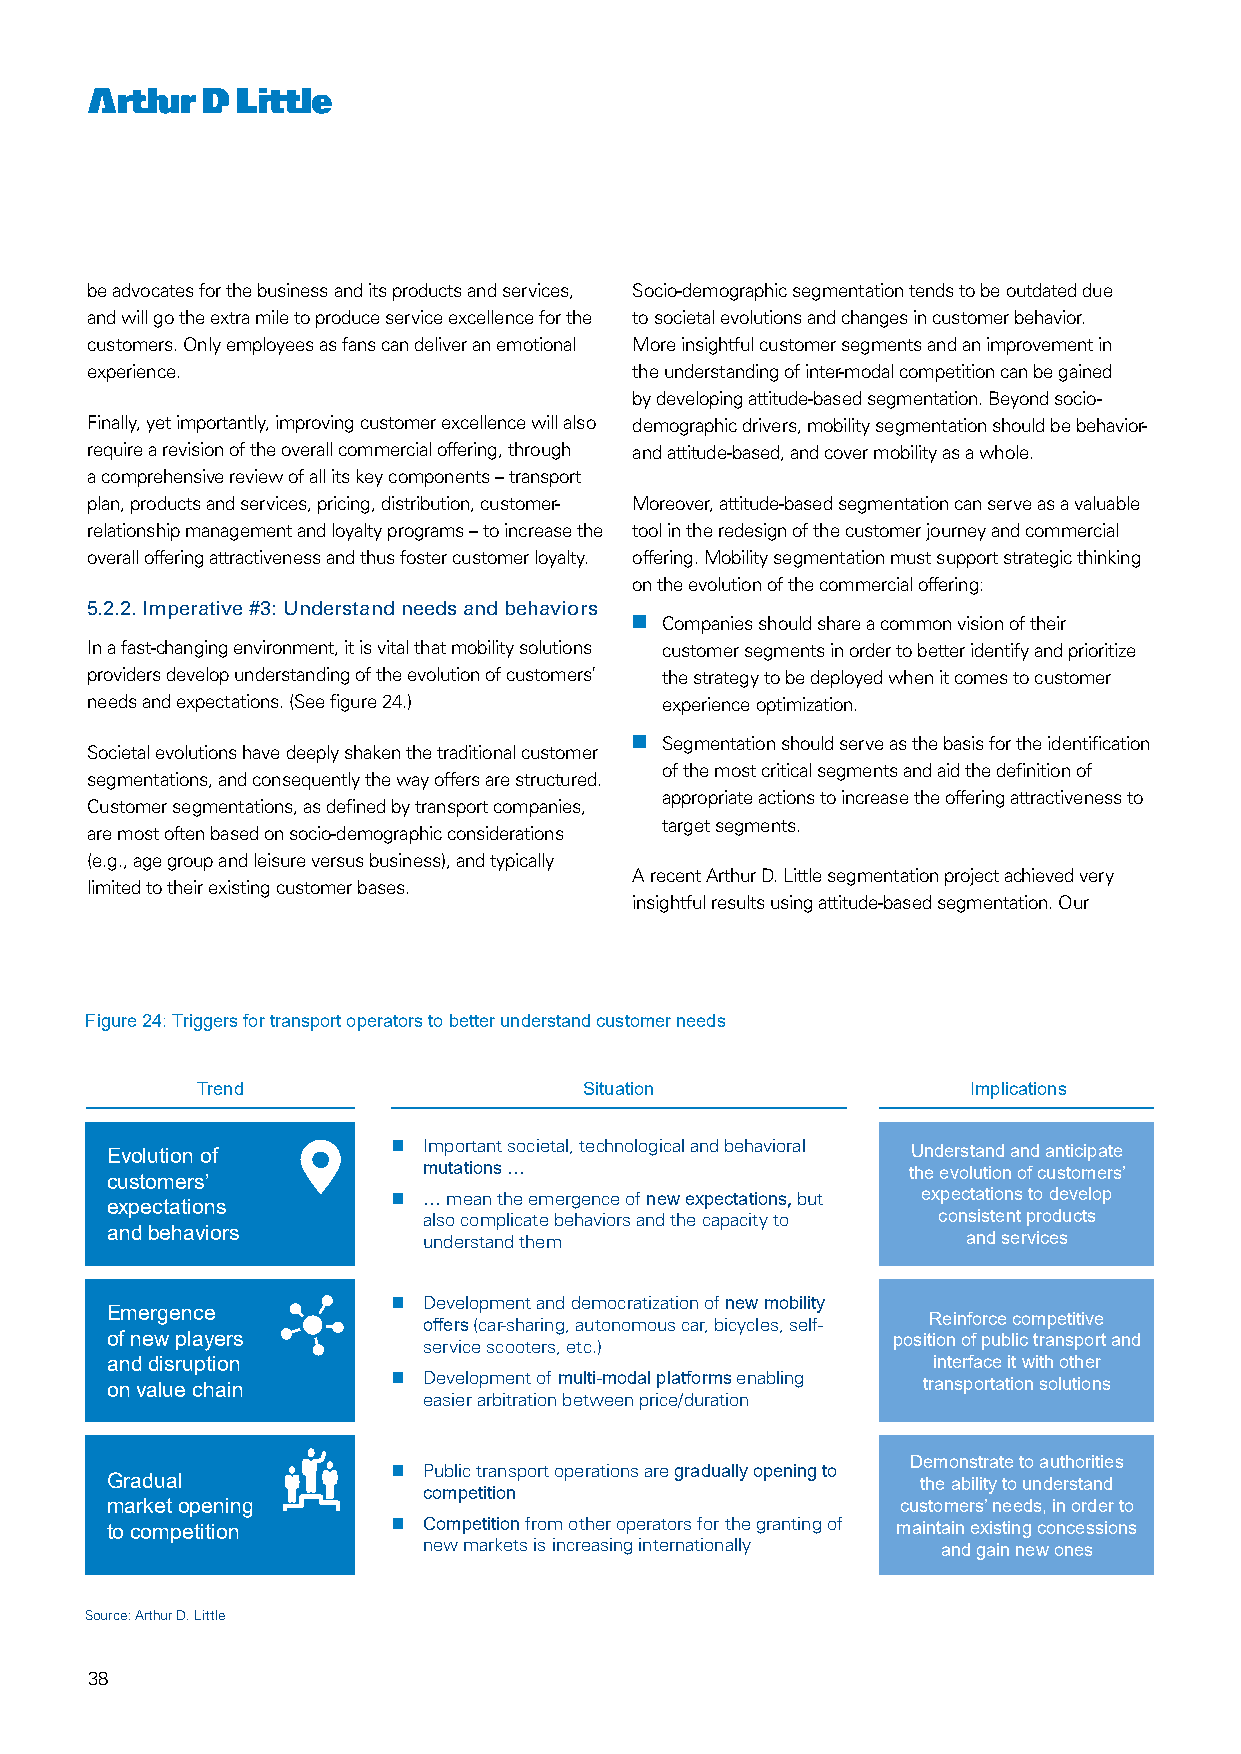
be advocates for the business and its products and services, Socio-demographic segmentation tends to be outdated due
 and will go the extra mile to produce service excellence for the to societal evolutions and changes in customer behavior.
 customers. Only employees as fans can deliver an emotional More insightful customer segments and an improvement in
 experience.                         the understanding of inter-modal competition can be gained
 by developing attitude-based segmentation. Beyond socio-
 Finally, yet importantly, improving customer excellence will also demographic drivers, mobility segmentation should be behavior-
 require a revision of the overall commercial offering, through and attitude-based, and cover mobility as a whole.
 a comprehensive review of all its key components – transport
 plan, products and services, pricing, distribution, customer- Moreover, attitude-based segmentation can serve as a valuable
 relationship management and loyalty programs – to increase the tool in the redesign of the customer journey and commercial
 overall offering attractiveness and thus foster customer loyalty. offering. Mobility segmentation must support strategic thinking
 on the evolution of the commercial offering:
 5.2.2. Imperative #3: Understand needs and behaviors
 nn Companies should share a common vision of their
 In a fast-changing environment, it is vital that mobility solutions customer segments in order to better identify and prioritize
 providers develop understanding of the evolution of customers’ the strategy to be deployed when it comes to customer
 needs and expectations. (See figure 24.) experience optimization.
 nn Segmentation should serve as the basis for the identification
 Societal evolutions have deeply shaken the traditional customer
 of the most critical segments and aid the definition of
 segmentations, and consequently the way offers are structured.
 appropriate actions to increase the offering attractiveness to
 Customer segmentations, as defined by transport companies,
 target segments.
 are most often based on socio-demographic considerations
 (e.g., age group and leisure versus business), and typically
 A recent Arthur D. Little segmentation project achieved very
 limited to their existing customer bases.
 insightful results using attitude-based segmentation. Our
 Figure 24: Triggers for transport operators to better understand customer needs
 Trend                     Situation                Implications
  Important societal, technological and behavioral
 Evolution of                                         Understand and anticipate
 mutations…                      the evolution of customers’
 customers’
  … mean the emergence of new expectations,but expectations to develop
 expectations
 also complicate behaviors and the capacity to consistent products
 andbehaviors
 understand them                     andservices
  Development and democratization of new mobility
 Emergence
 offers(car-sharing, autonomous car, bicycles, self- Reinforce competitive
 of new players       service scooters, etc.)        position of public transport and
 anddisruption                                          interface it with other
 onvalue chain       Development of multi-modal platforms enabling transportation solutions
 easier arbitration between price/duration
 Demonstrate to authorities
  Public transport operations are gradually opening to
 Gradual                                               the ability to understand
 competition
 market opening                                       customers’ needs, in order to
 to competition      Competitionfrom other operators for the granting of maintain existing concessions
 new markets is increasing internationally and gain new ones
 Source: Arthur D. Little
 38
 25